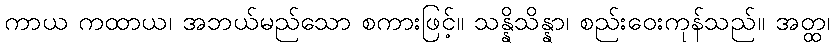
ကာယ ကထာယ၊ အဘယ်မည်သော စကားဖြင့်။ သန္နိသိန္နာ၊ စည်းဝေးကုန်သည်။ အတ္ထ၊